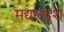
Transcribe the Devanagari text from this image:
मद्यसदृश